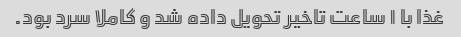
غذا با ۱ ساعت تاخیر تحویل داده شد و کاملا سرد بود.